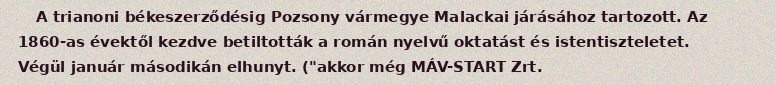
A trianoni békeszerződésig Pozsony vármegye Malackai járásához tartozott. Az 1860-as évektől kezdve betiltották a román nyelvű oktatást és istentiszteletet. Végül január másodikán elhunyt. ("akkor még MÁV-START Zrt.